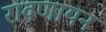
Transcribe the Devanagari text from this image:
रावणायन